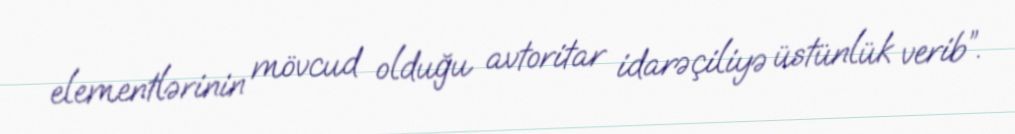
elementlərinin mövcud olduğu avtoritar idarəçiliyə üstünlük verib”.